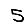
Digit: 5